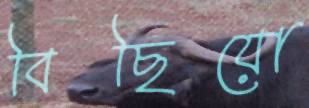
বিছিয়ো